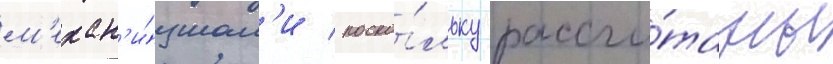
м'ехан'и́змам'и / поско́льку рассчи́таны